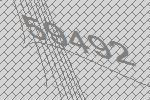
59492